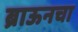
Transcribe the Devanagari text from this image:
ब्राऊनचा